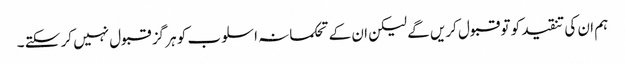
ہم ان کی تنقید کو تو قبول کریں گے لیکن ان کے تحکمانہ اسلوب کو ہر گز قبول نہیں کر سکتے ۔